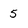
Character: 5